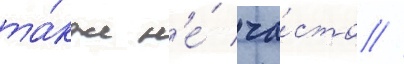
та́кже н'е́ ча́сто //